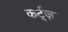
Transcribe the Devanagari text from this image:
कर्ट्ज़